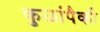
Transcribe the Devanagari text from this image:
कुळांपैकी